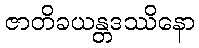
ဇာတိခယန္တဒဿိနော